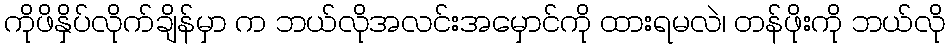
ကိုဖိနှိပ်လိုက်ချိန်မှာ က ဘယ်လိုအလင်းအမှောင်ကို ထားရမလဲ၊ တန်ဖိုးကို ဘယ်လို